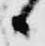
日